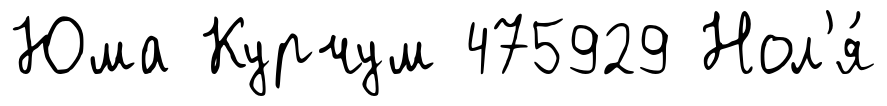
Юма Курчум 475929 Нол'я́